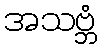
အသဗ္ဘံ